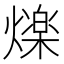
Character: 𭶒